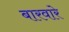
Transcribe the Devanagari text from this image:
बारवारे